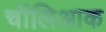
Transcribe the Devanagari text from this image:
चॉलिआक